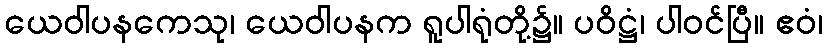
ယေဝါပနကေသု၊ ယေဝါပနက ရူပါရုံတို့၌။ ပဝိဋ္ဌံ၊ ပါဝင်ပြီ။ ဧဝံ၊